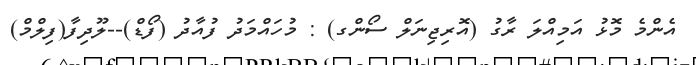
އެންމެ މޮޅު އަމިއްލަ ރާގު (އޮރިޖިނަލް ސޯންގ) : މުހައްމަދު ފުއާދު (ފޯޑް)--ލޫދިފާ(ފިލްމް)